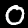
Label: 0